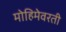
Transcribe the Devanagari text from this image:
मोहिमेवरती